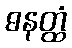
ဓနတ္ထံ